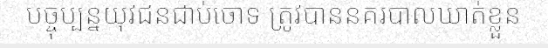
បច្ចុប្បន្នយុវជនជាប់ចោទ ត្រូវបាននគរបាលឃាត់ខ្លួន